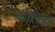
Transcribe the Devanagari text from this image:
फारिसियों